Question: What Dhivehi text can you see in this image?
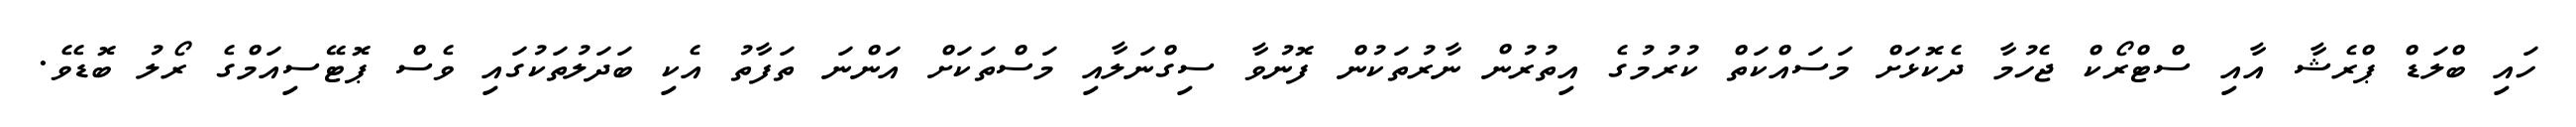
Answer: ހައި ބްލަޑް ޕްރެޝާ އާއި ސްޓްރޯކް ޖެހުމާ ދެކޮޅަށް މަސައްކަތް ކުރުމުގެ އިތުރުން ނާރުތަކުން ފޮނުވާ ސިގްނަލާއި މަސްތަކަށް އަންނަ ތަފާތު އެކި ބަދަލުތަކުގައި ވެސް ޕޮޓޭސިއަމްގެ ރޯލު ބޮޑެވެ.